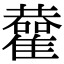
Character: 𩁂